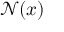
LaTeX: { \mathcal { N } } ( x )